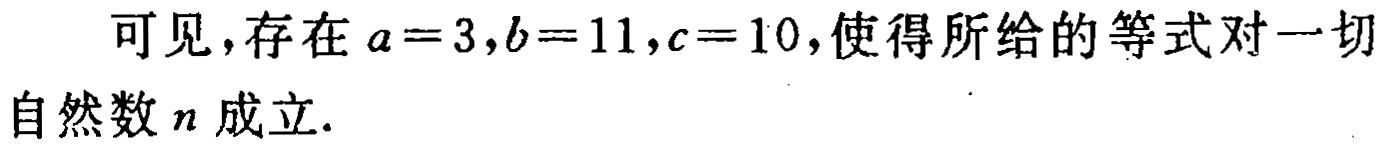
可见，存在 \(a = 3,b = 11,c = 10\)，使得所给的等式对一切自然数 \(n\) 成立.